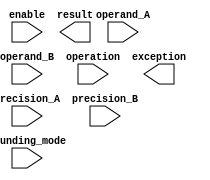
module mixed_precision_float_unit (
    input wire [79:0] operand_A,
    input wire [79:0] operand_B,
    input wire [2:0] precision_A,
    input wire [2:0] precision_B,
    input wire [2:0] operation,
    input wire [2:0] rounding_mode,
    input wire enable,
    output reg [79:0] result,
    output reg exception
);

// Arithmetic blocks for different precisions
// Add your code here

// Operand conversion blocks
// Add your code here

// Arithmetic operations block
// Add your code here

// Rounding and exception handling block
// Add your code here

endmodule